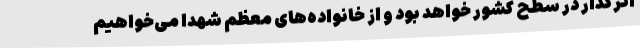
اثرگذار در سطح کشور خواهد بود و از خانواده‌های معظم شهدا می‌خواهیم